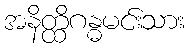
အနိတ္ထိဂန္ဓမင်းသား